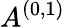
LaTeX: A^{(0,1)}